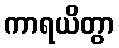
ကာရယိတွာ